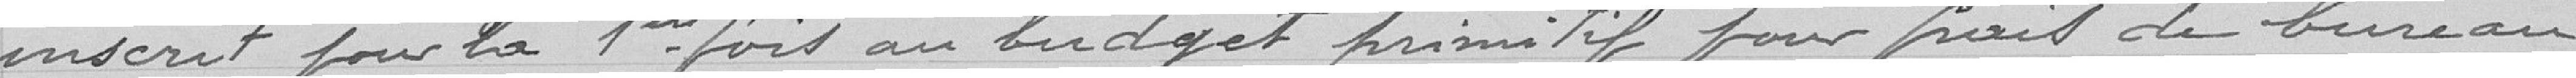
inscrit pour la 1ère fois au budget primitif pour frais de bureau